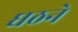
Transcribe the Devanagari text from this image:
घठने